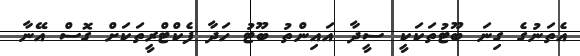
އެތަނުގެ ގިނަ ބޫޓުތަކަކީ ސީދާ އައިންތު ބޫޓު ހަދާ ފެކްޓްރީތަކަށް ގޮސް އޭނާ